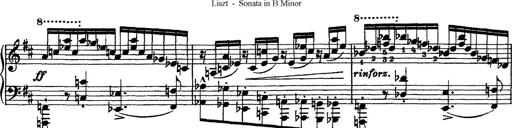
Title: Piano Sonata
Composer: Karl HÃ¤ssler
Key: C major